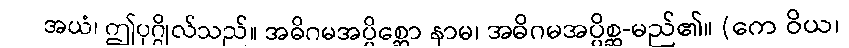
အယံ၊ ဤပုဂ္ဂိုလ်သည်။ အဓိဂမအပ္ပိစ္ဆော နာမ၊ အဓိဂမအပ္ပိစ္ဆ-မည်၏။ (ကေ ဝိယ၊